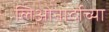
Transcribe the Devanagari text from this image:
लिओनार्दोच्या